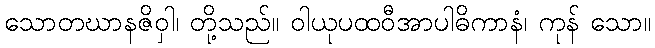
သောတဃာနဇိဝှါ၊ တို့သည်။ ဝါယုပထဝီအာပါဓိကာနံ၊ ကုန် သော။